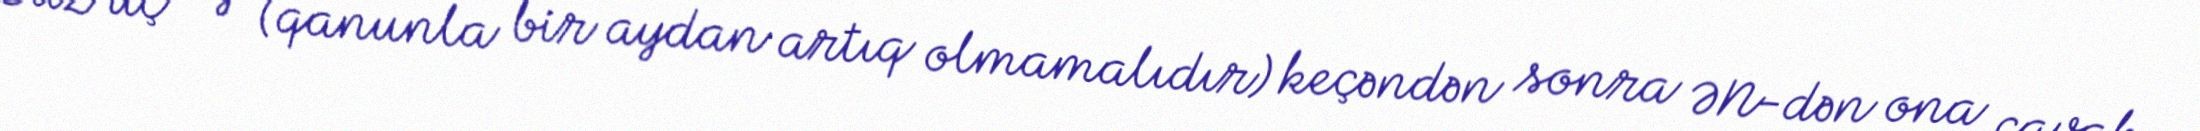
Düz üç ay (qanunla bir aydan artıq olmamalıdır) keçəndən sonra ƏN-dən ona cavab